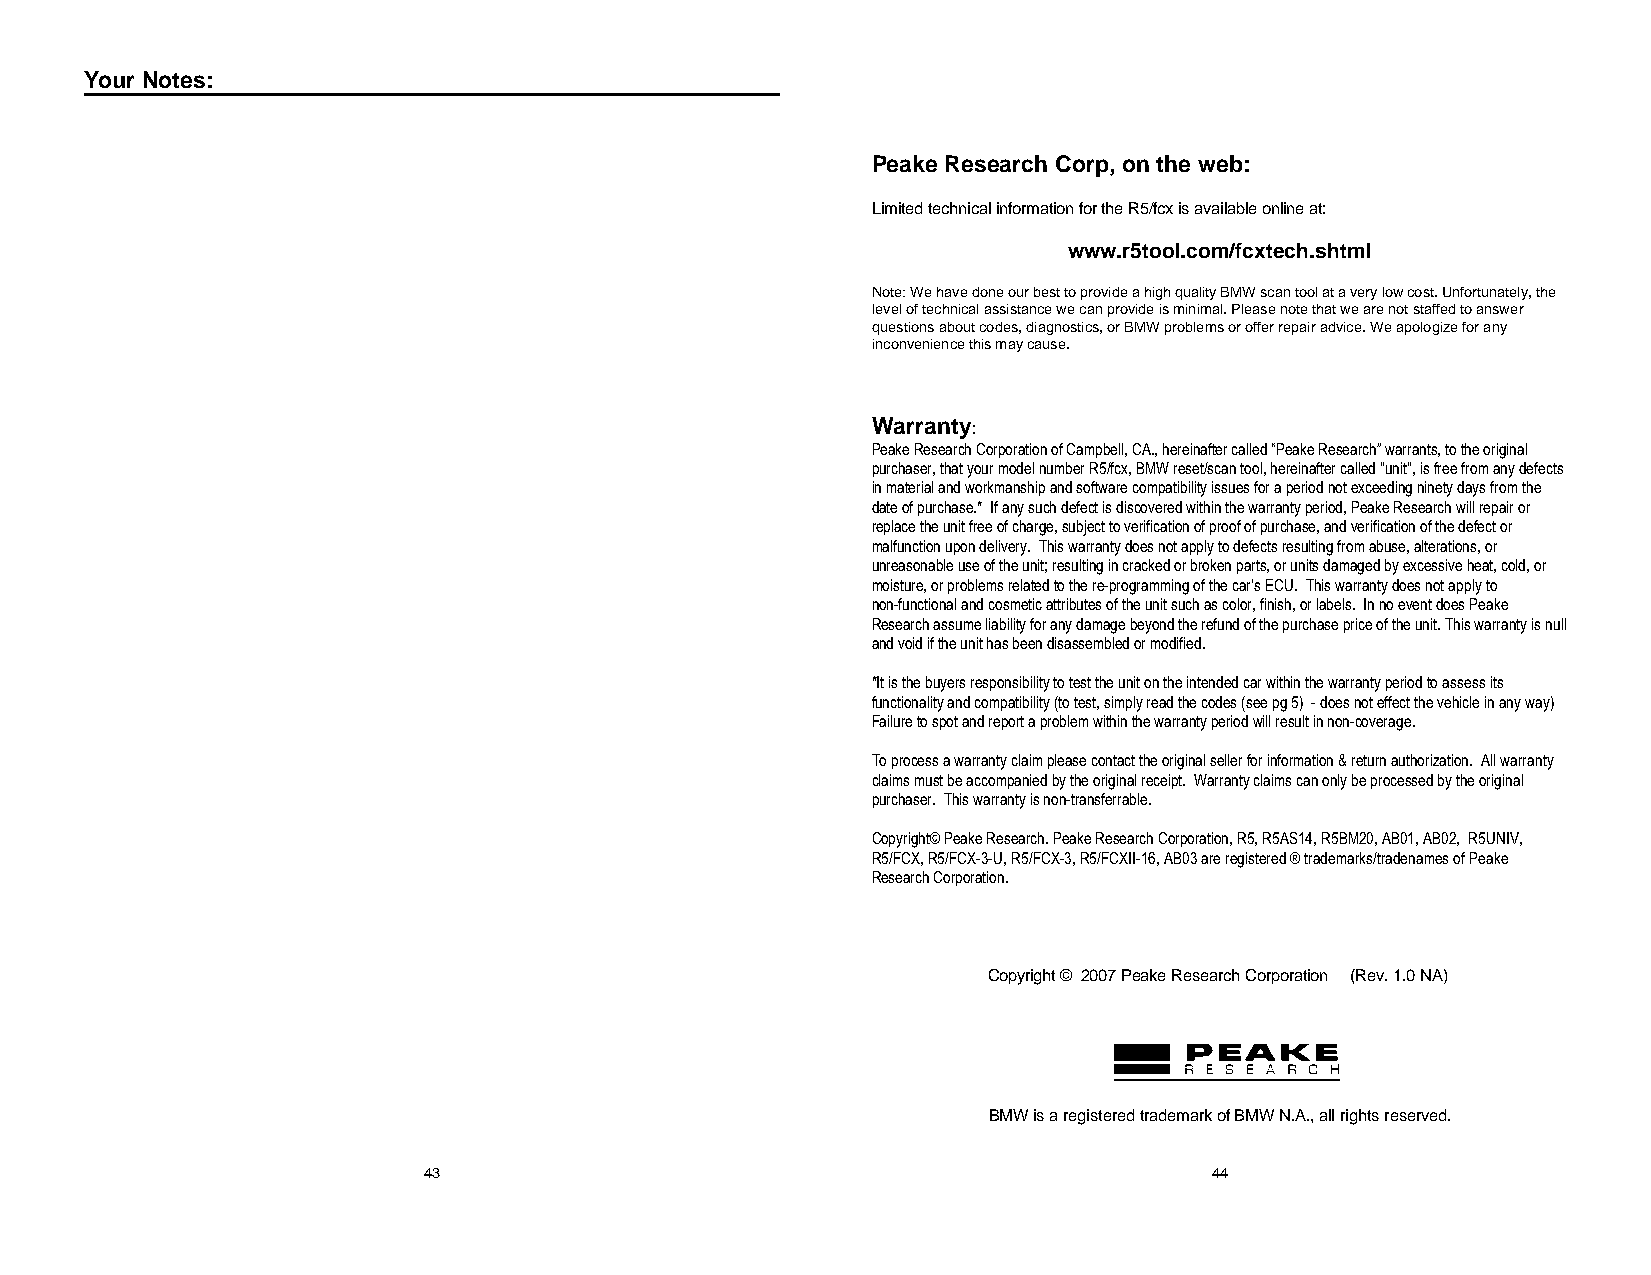
Your Notes:
 Peake Research Corp, on the web:
 Limited technical information for the R5/fcx is available online at:
 www.r5tool.com/fcxtech.shtml
 Note: We have done our best to provide a high quality BMW scan tool at a very low cost. Unfortunately, the
 level of technical assistance we can provide is minimal. Please note that we are not staffed to answer
 questions about codes, diagnostics, or BMW problems or offer repair advice. We apologize for any
 inconvenience this may cause.
 Warranty:
 Peake Research Corporation of Campbell, CA., hereinafter called “Peake Research” warrants, to the original
 purchaser, that your model number R5/fcx, BMW reset/scan tool, hereinafter called "unit", is free from any defects
 in material and workmanship and software compatibility issues for a period not exceeding ninety days from the
 date of purchase.* If any such defect is discovered within the warranty period, Peake Research will repair or
 replace the unit free of charge, subject to verification of proof of purchase, and verification of the defect or
 malfunction upon delivery. This warranty does not apply to defects resulting from abuse, alterations, or
 unreasonable use of the unit; resulting in cracked or broken parts, or units damaged by excessive heat, cold, or
 moisture, or problems related to the re-programming of the car’s ECU. This warranty does not apply to
 non-functional and cosmetic attributes of the unit such as color, finish, or labels. In no event does Peake
 Research assume liability for any damage beyond the refund of the purchase price of the unit. This warranty is null
 and void if the unit has been disassembled or modified.
 *It is the buyers responsibility to test the unit on the intended car within the warranty period to assess its
 functionality and compatibility (to test, simply read the codes (see pg 5) - does not effect the vehicle in any way)
 Failure to spot and report a problem within the warranty period will result in non-coverage.
 To process a warranty claim please contact the original seller for information & return authorization. All warranty
 claims must be accompanied by the original receipt. Warranty claims can only be processed by the original
 purchaser. This warranty is non-transferrable.
 Copyright© Peake Research. Peake Research Corporation, R5, R5AS14, R5BM20, AB01, AB02, R5UNIV,
 R5/FCX, R5/FCX-3-U, R5/FCX-3, R5/FCXII-16, AB03 are registered ® trademarks/tradenames of Peake
 Research Corporation.
 Copyright © 2007 Peake Research Corporation (Rev. 1.0 NA)
 BMW is a registered trademark of BMW N.A., all rights reserved.
 43                                                  44